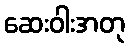
ဆေးဝါးအတု